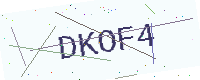
Text: DKOF4